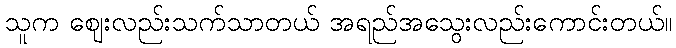
သူက ဈေးလည်းသက်သာတယ် အရည်အသွေးလည်းကောင်းတယ်။